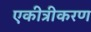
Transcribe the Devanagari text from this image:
एकीत्रीकरण